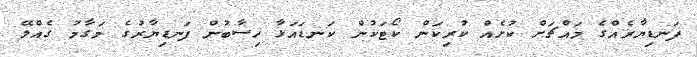
ފަނޑިޔާރެއްގެ މައްޗަށް ކުށެއް ކުރިކަން ކޯޓަކުން ކަނޑައަޅާ ހިސާބުން ފަނޑިޔާރުގެ މަގާމު ގެއްލޭ